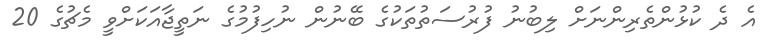
އެ ދެ ކުޅުންތެރިންނަށް ލިބުނު ފުރުސަތުތަކުގެ ބޭނުން ނުހިފުމުގެ ނަތީޖާއަކަށްވީ މެޗުގެ 20